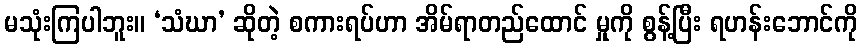
မသုံးကြပါဘူး။ ‘သံဃာ’ ဆိုတဲ့ စကားရပ်ဟာ အိမ်ရာတည်ထောင် မှုကို စွန့်ပြီး ရဟန်းဘောင်ကို